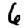
Digit: 6